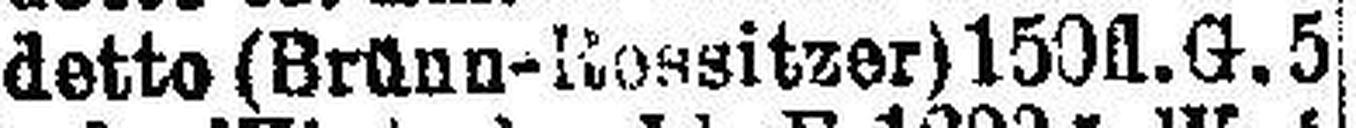
detto (Brünn-Rossitzer) 150fl. G. 5